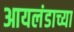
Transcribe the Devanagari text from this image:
आयलंडाच्या